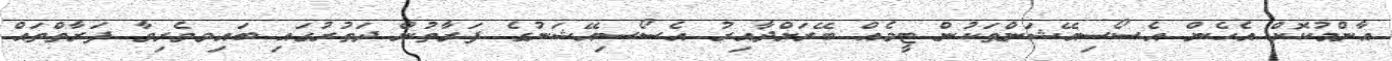
އާންމުކޮށް އެހެން އެސޯސިއޭޝަންތަކުން ޓީމެއް ބޭރަށްދާއިރު އެސޯސިއޭޝަނުގެ ފަރާތުން ދަތުރުގައި ބައިވވެރިވާ ފަރާތްތައް